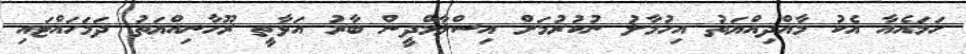
ހަމައެއާ އެކު މާއްދިއްޔަތު އިހުމާލު ނުކުރުމަށް އިސްލާމްދީން ބާރު އަޅާތީ ރޫހާނިއްޔަތު ދަމަހައްޓައި